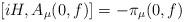
LaTeX: \begin{align*}[iH , A_\mu (0,f)] = - \pi _\mu (0,f) \end{align*}